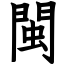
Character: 閩